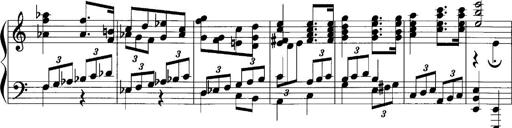
Title: Sonatina No.1
Composer: Otto Stoll
Key: C major